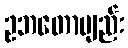
ဥဘတောဗျည်း